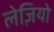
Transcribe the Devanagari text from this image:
लेज़ियो